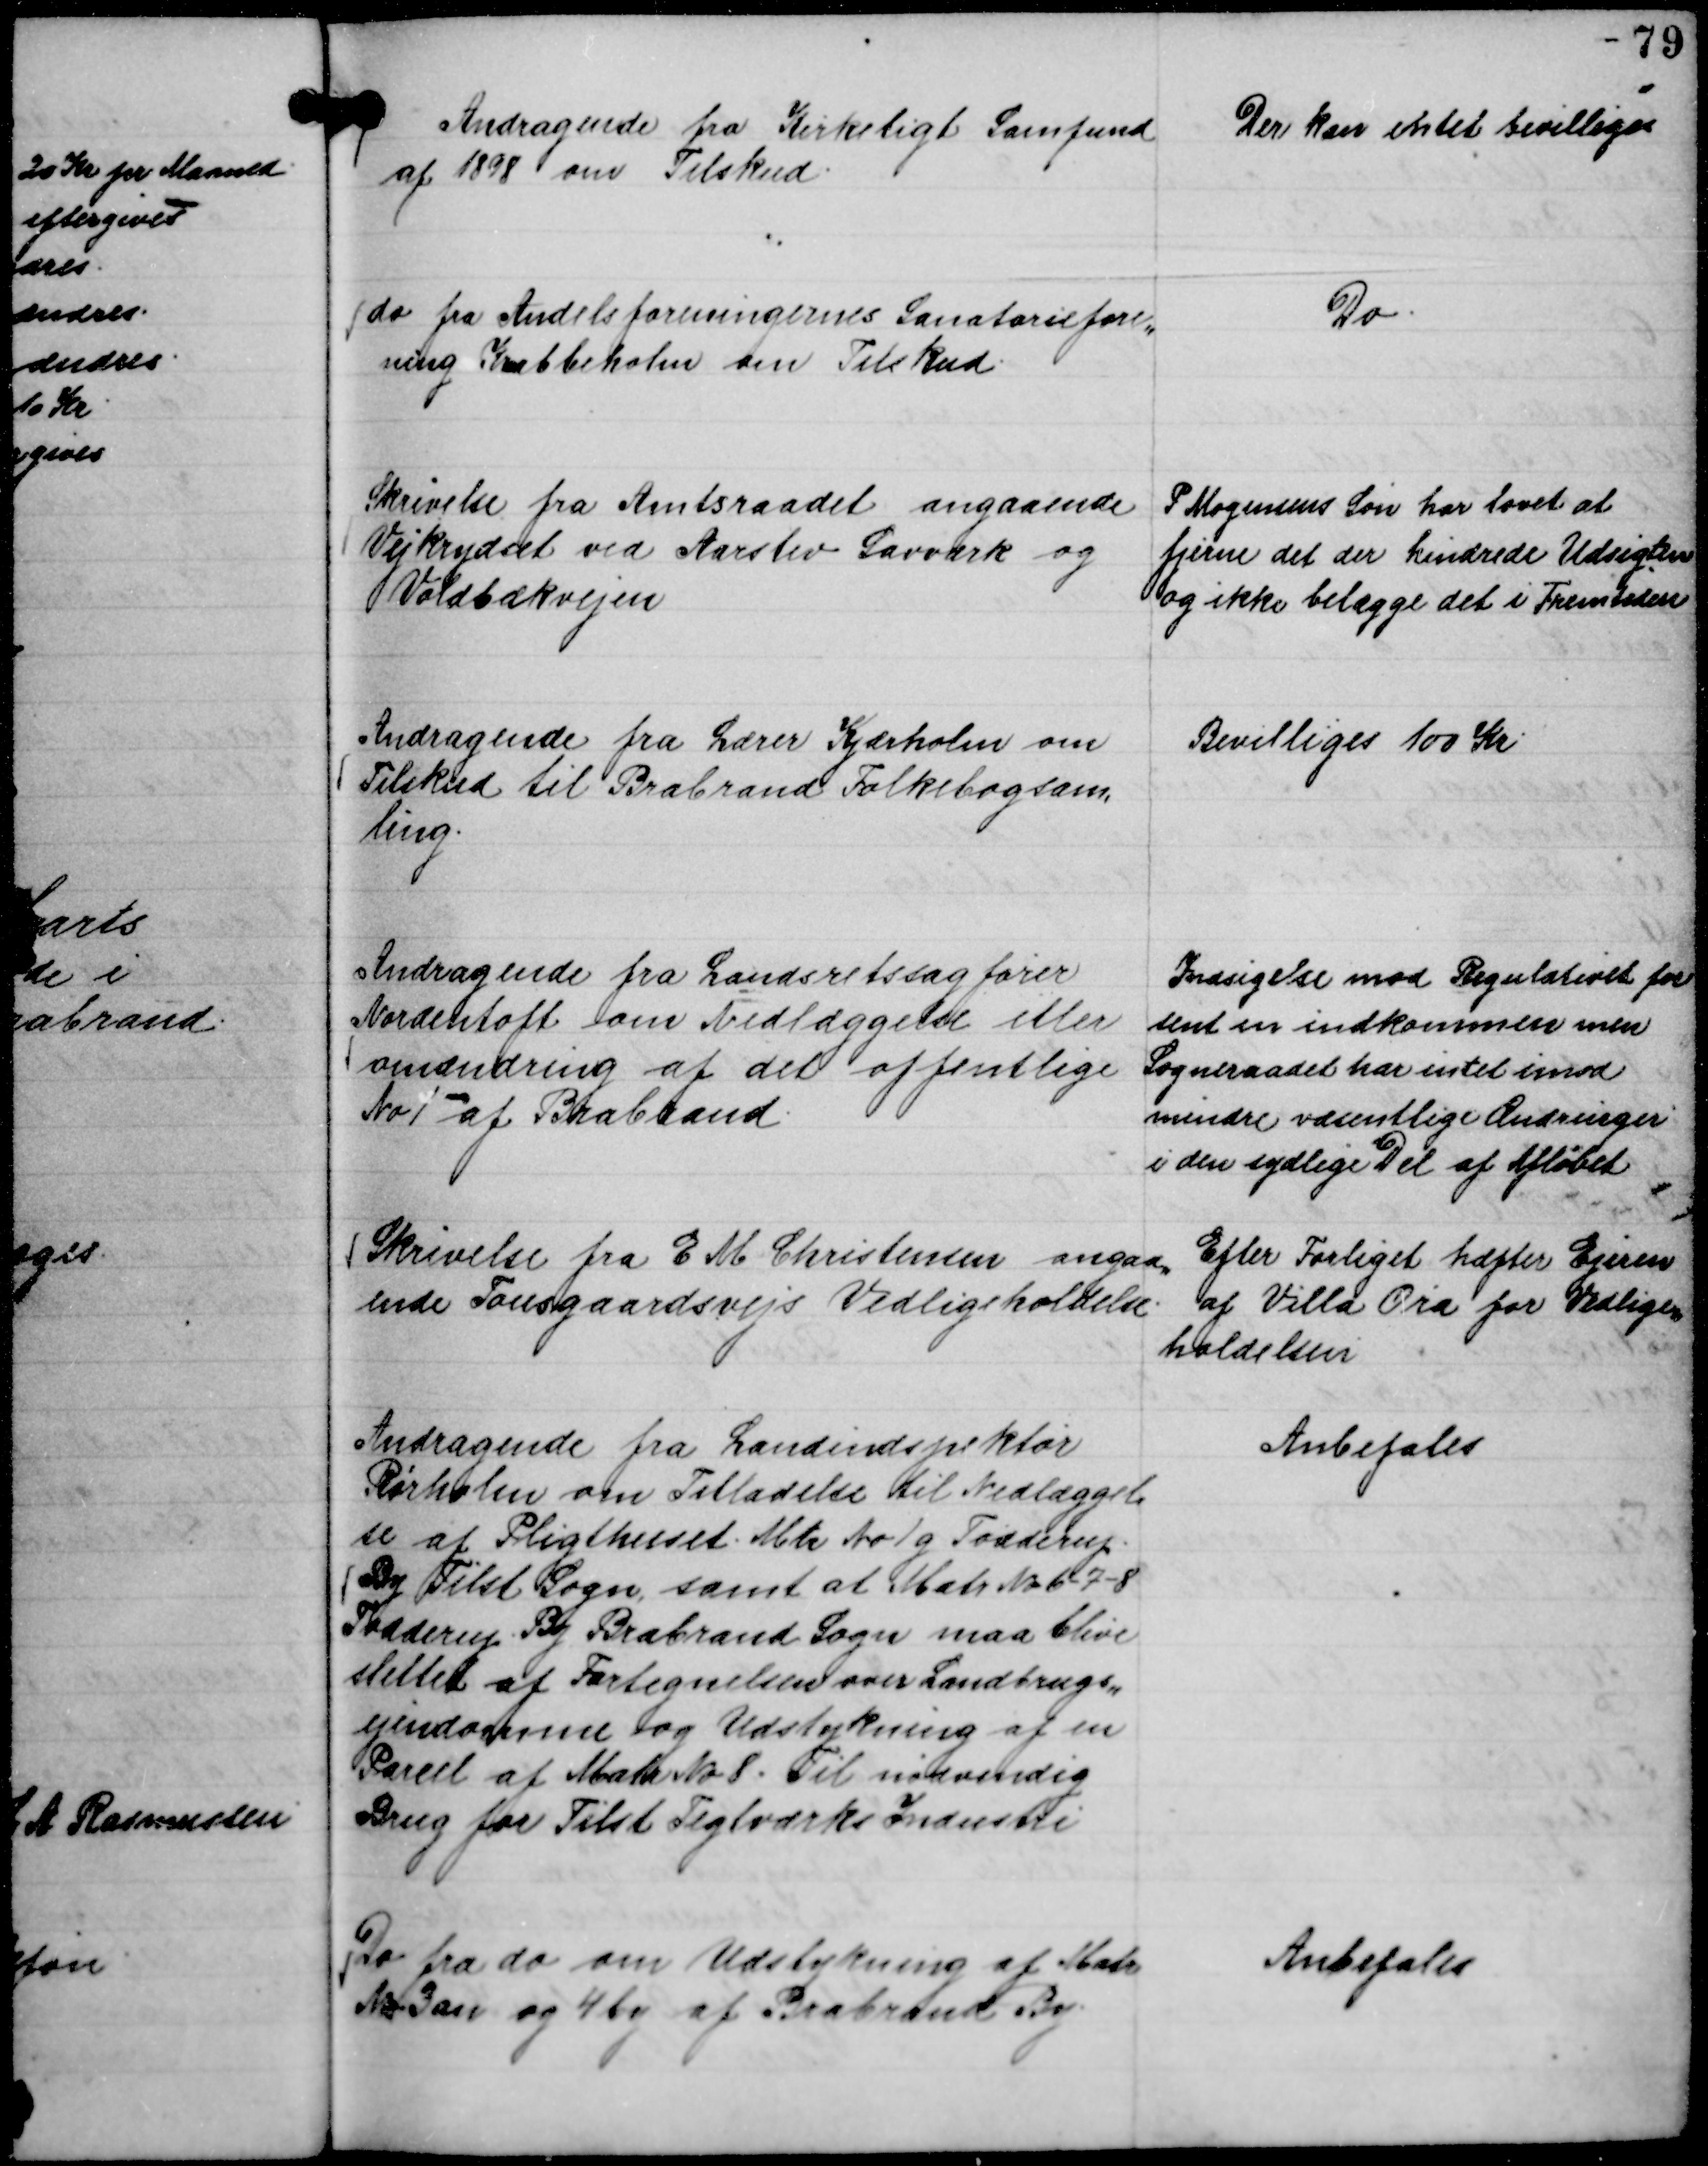
Transskription:
Andragende fra Kirkeligt Samfund
af 1898 om Tilskud.

Der kan intet bevilliges

do fra Andelsforeningernes Sanatoriefore,, 
ning Krabbeholm om Tilskud.

Do.

Skrivelse fra Amtsraadet angaaende
Vejkrydset ved Aarslev Savværk og
Voldbækvejen

P Mogensens Søn har lovet at
fjerne det der hindrede Udsigten
og ikke belægge det i Fremtiden

Andragende fra Lærer Kjærholm om
Tilskud til Brabrand Folkebogsam,,
ling.

Bevilliges 100 Kr.

Andragende fra Landsretsagfører
Nordentoft om Nedlæggelse eller
omændring af det offentlige
No 1 af Brabrand.

Indsigelse mod Regulativet for
sent en indkommen men
Sogneraadet har intet imod
mindre væsentlige Ændringer
i den sydlige Del af Afløbet

Skrivelse fra E M Christensen angaa,,
ende Tousgaardsvejs Vedligeholdelse.

Efter Forliget hæfter Ejeren
af Villa Ora for Vedlige,,
holdelsen

Andragende fra Landinspektør
Rørholm om Tilladelse til Nedlæggel,,
se af Pligthuset. Mtr No 1 g Todderup.
By Tilst Sogn samt at Matr No 6 - 7 - 8
Todderup By Brabrand Sogn maa blive
slettet af Fortegnelsen over Landbrugs,,
ejendomme og Udstykning af en
Parcel af Matr No 8. Til nødvendig
Brug for Tilst Teglværks Industri

Anbefales

Do fra do om Udstykning af Matr
No 3 an og 4 by af Brabrand By.

Anbefales